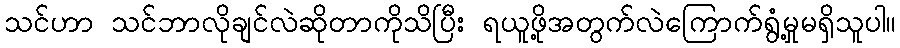
သင်ဟာ သင်ဘာလိုချင်လဲဆိုတာကိုသိပြီး ရယူဖို့အတွက်လဲကြောက်ရွံ့မှုမရှိသူပါ။